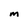
Character: M